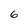
Character: 6